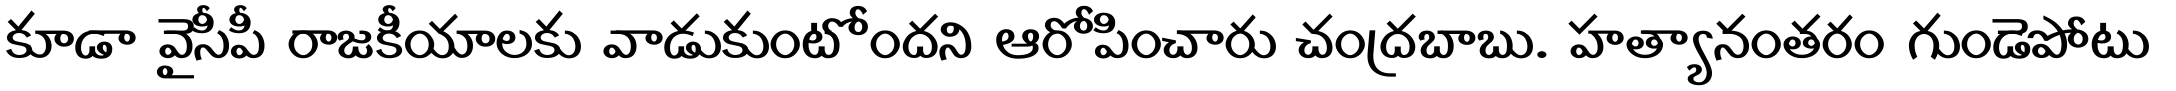
కూడా వైసీపీ రాజకీయాలకు వాడుకుంటోందని ఆరోపించారు చంద్రబాబు. హత్యానంతరం గుండెపోటు